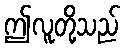
ဤလူတို့သည်